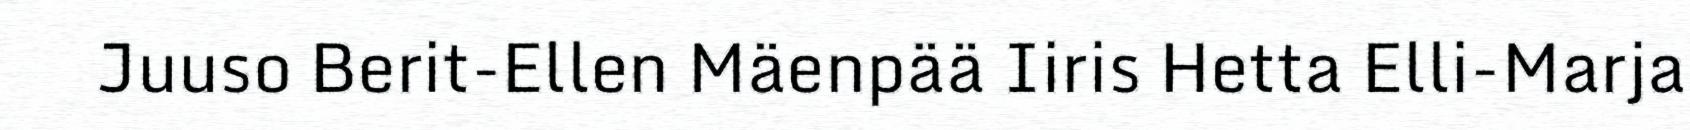
Juuso Berit-Ellen Mäenpää Iiris Hetta Elli-Marja